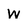
Character: w